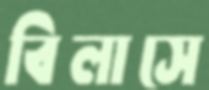
বিলাসে